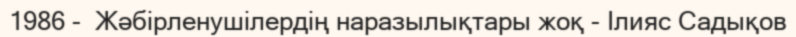
1986 -  Жәбірленушілердің наразылықтары жоқ - Ілияс Садықов